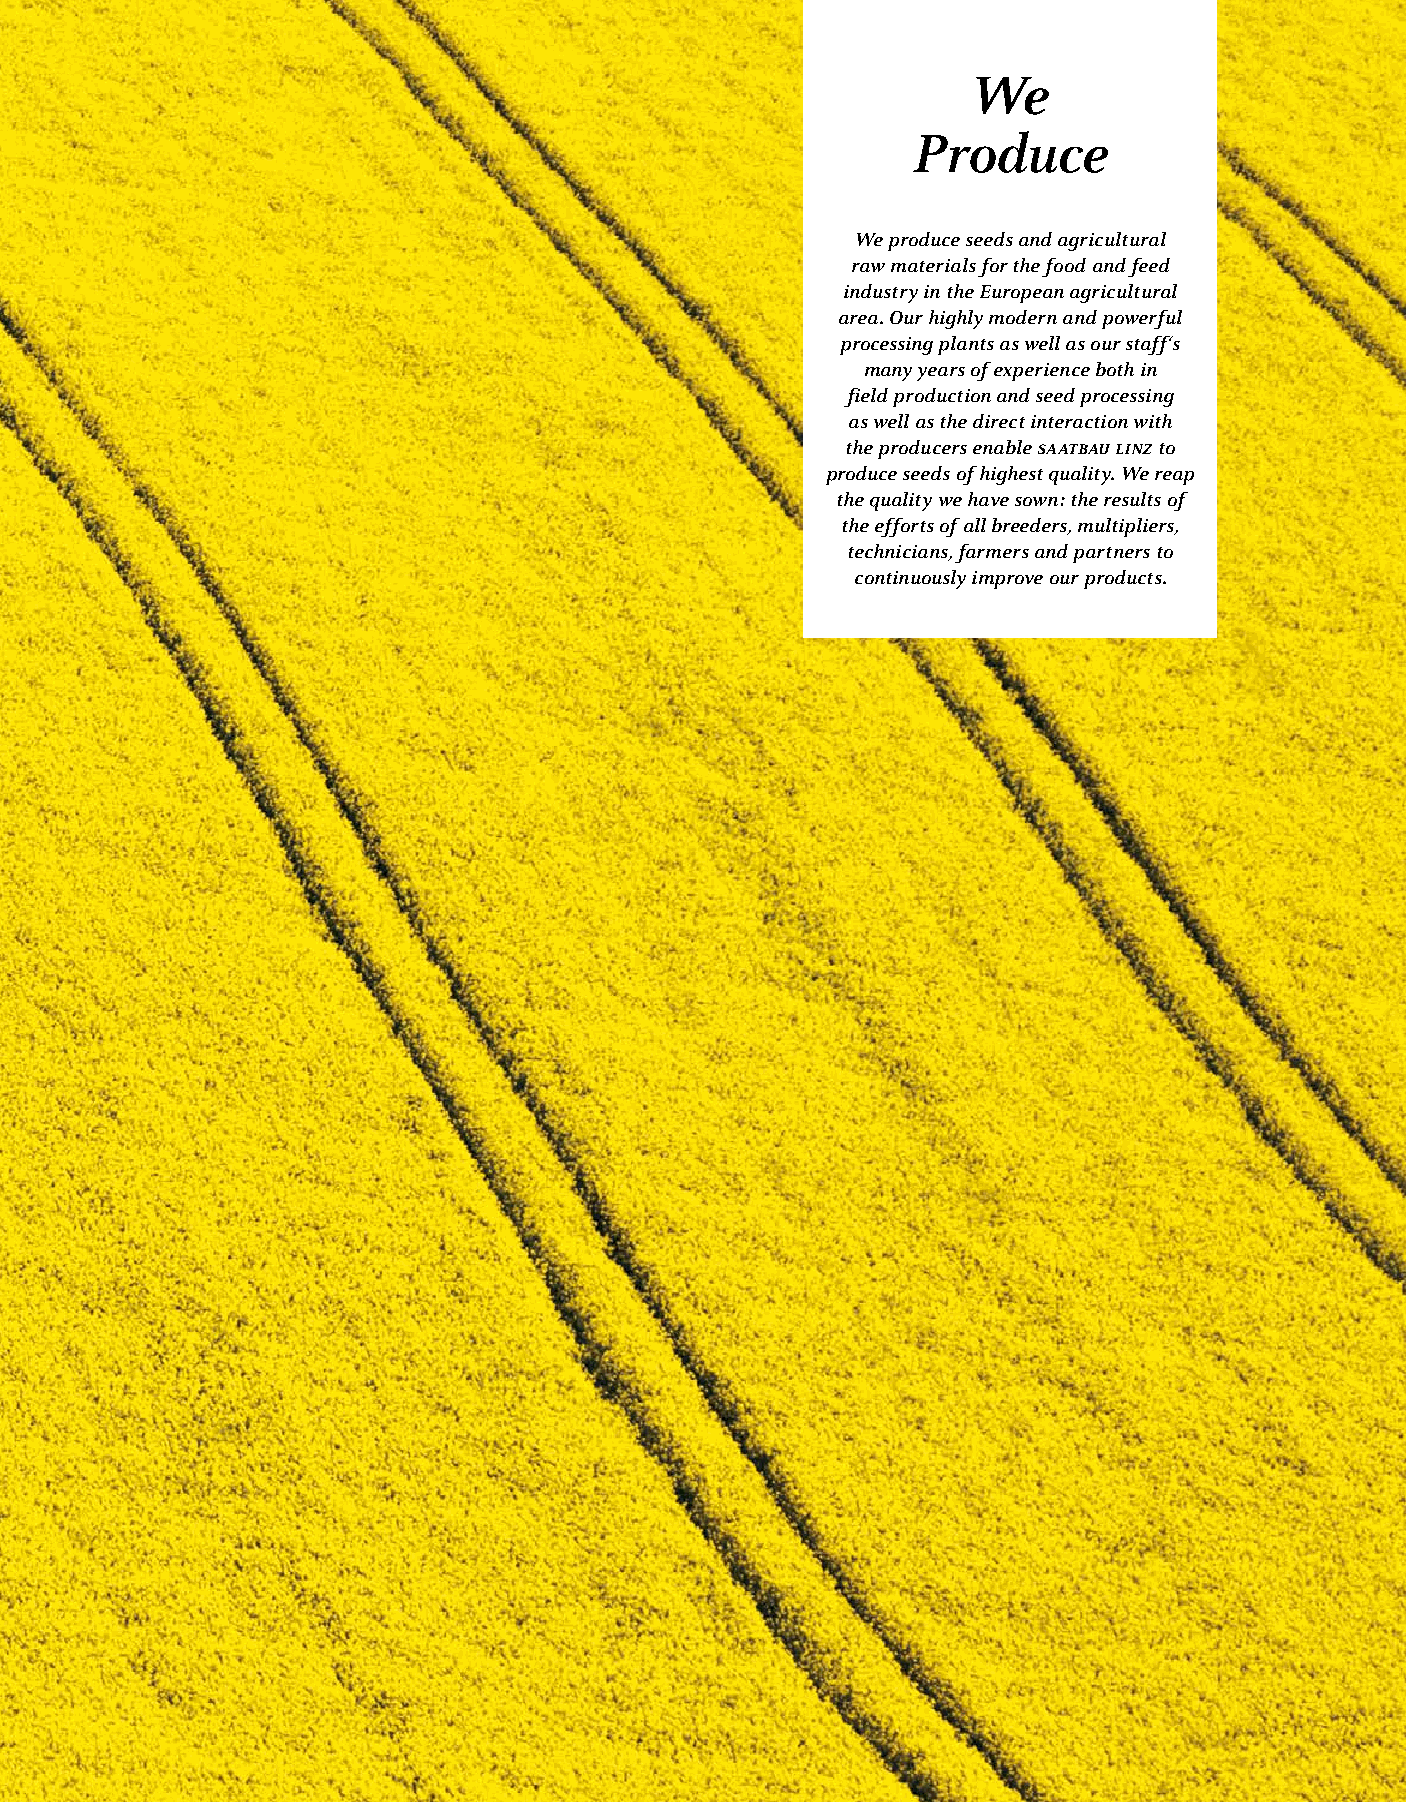
We
 Produce
 We produce seeds and agricultural
 raw materials for the food and feed
 industry in the European agricultural
 area. Our highly modern and powerful
 processing plants as well as our staff‘s
 many years of experience both in
 field production and seed processing
 as well as the direct interaction with
 the producers enable saatbau linz to
 produce seeds of highest quality. We reap
 the quality we have sown: the results of
 the efforts of all breeders, multipliers,
 technicians, farmers and partners to
 continuously improve our products.